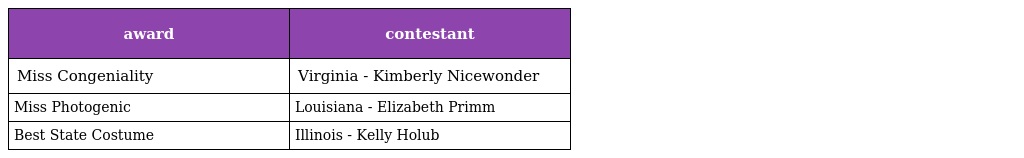
| award | contestant |
 | --- | --- |
 | Miss Congeniality | Virginia - Kimberly Nicewonder |
 | Miss Photogenic | Louisiana - Elizabeth Primm |
 | Best State Costume | Illinois - Kelly Holub |